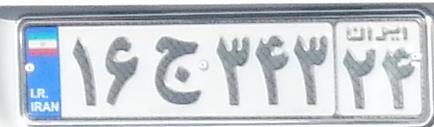
۱۶ج۳۴۳۲۴